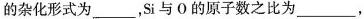
的杂化形式为___，Si与0的原子数之比为___，